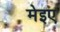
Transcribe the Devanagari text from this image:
मेइए